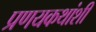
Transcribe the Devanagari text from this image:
प्रणयकथांशी